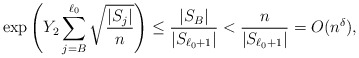
\begin{align*}\exp\left(Y_2\sum_{j=B}^{\ell_0}\sqrt{\frac{|S_j|}{n}}\right)\le \frac{|S_B|}{|S_{\ell_0+1}|}< \frac{n}{|S_{\ell_0+1}|}=O(n^{\delta}),\end{align*}